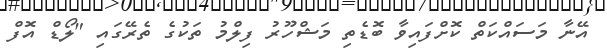
އޭނާ މަސައްކަތް ކޮށްފައިވާ ބޮޑެތި މަޝްހޫރު ފިލްމު ތަކުގެ ތެރޭގައި "ލޯޑް އޮފް